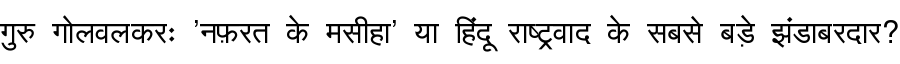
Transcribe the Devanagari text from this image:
गुरु गोलवलकरः 'नफ़रत के मसीहा' या हिंदू राष्ट्रवाद के सबसे बड़े झंडाबरदार?